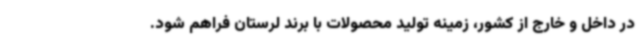
در داخل و خارج از کشور، زمینه تولید محصولات با برند لرستان فراهم شود.